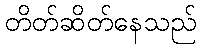
တိတ်ဆိတ်နေသည်